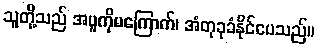
သူတို့သည် အပူကိုမကြောက်၊ အံတုခုခံနိုင်ပေသည်။